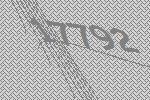
17792